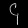
Digit: ၄